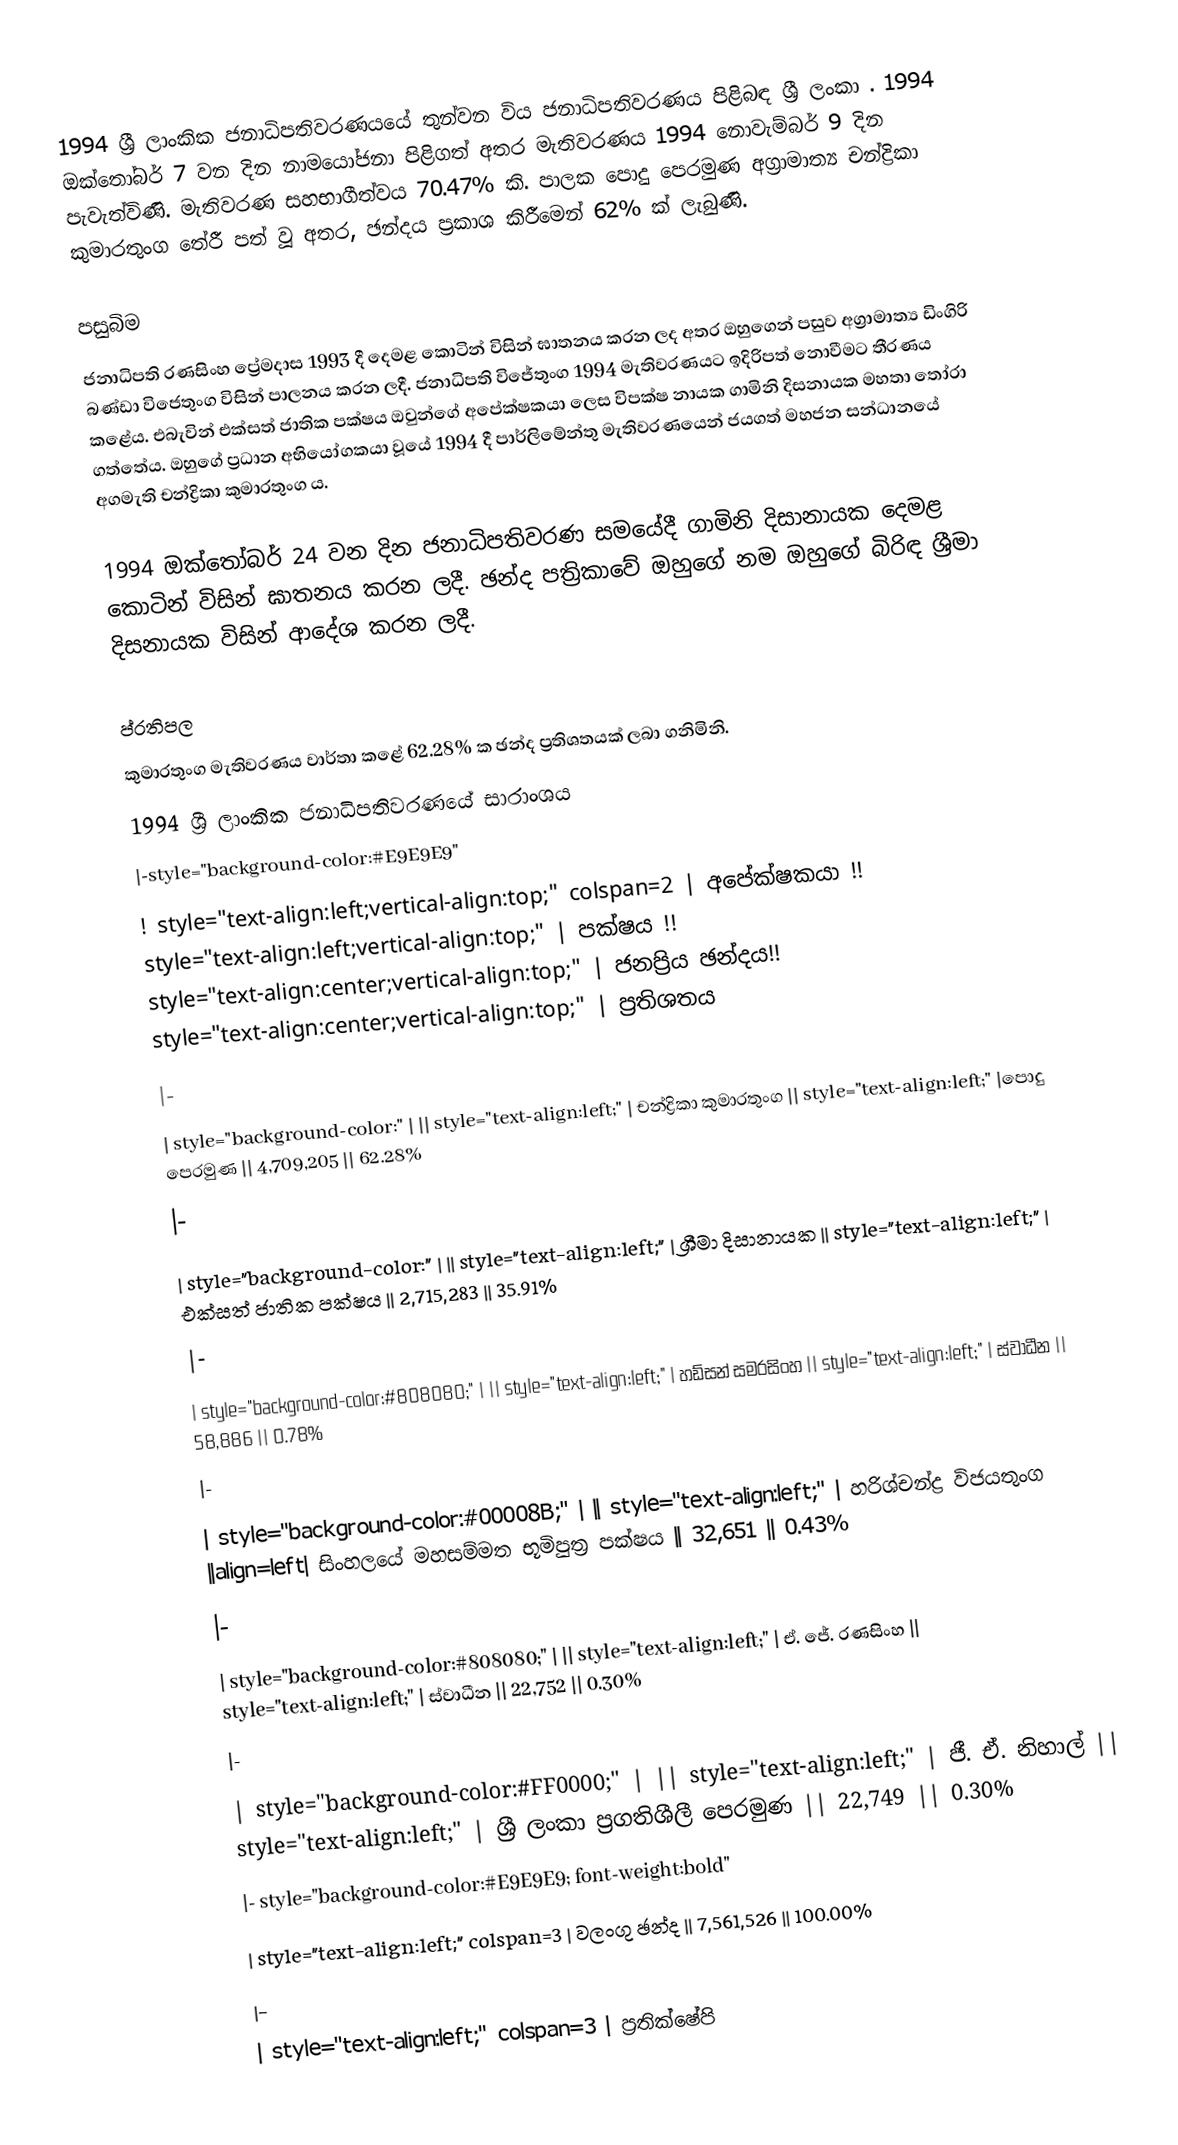
1994 ශ්‍රී ලාංකික ජනාධිපතිවරණයයේ තුන්වන විය  ජනාධිපතිවරණය පිළිබඳ ශ්‍රී ලංකා . 1994 ඔක්තෝබර් 7 වන දින නාමයෝජනා පිළිගත් අතර මැතිවරණය 1994 නොවැම්බර් 9 දින පැවැත්විණි. මැතිවරණ සහභාගීත්වය 70.47% කි. පාලක පොදු පෙරමුණ අග්‍රාමාත්‍ය චන්ද්‍රිකා කුමාරතුංග තේරී පත් වූ අතර, ඡන්දය ප්‍රකාශ කිරීමෙන් 62% ක් ලැබුණි.

පසුබිම
ජනාධිපති රණසිංහ ප්‍රේමදාස 1993 දී දෙමළ කොටින් විසින් ඝාතනය කරන ලද අතර ඔහුගෙන් පසුව අග්‍රාමාත්‍ය ඩිංගිරි බණ්ඩා විජෙතුංග විසින් පාලනය කරන ලදී. ජනාධිපති විජේතුංග 1994 මැතිවරණයට ඉදිරිපත් නොවීමට තීරණය කළේය. එබැවින් එක්සත් ජාතික පක්ෂය ඔවුන්ගේ අපේක්ෂකයා ලෙස විපක්ෂ නායක ගාමිනි දිසනායක මහතා තෝරා ගත්තේය. ඔහුගේ ප්‍රධාන අභියෝගකයා වූයේ 1994 දී පාර්ලිමේන්තු මැතිවරණයෙන් ජයගත් මහජන සන්ධානයේ අගමැති චන්ද්‍රිකා කුමාරතුංග ය.

1994 ඔක්තෝබර් 24 වන දින ජනාධිපතිවරණ සමයේදී ගාමිනි දිසානායක දෙමළ කොටින් විසින් ඝාතනය කරන ලදී. ඡන්ද පත්‍රිකාවේ ඔහුගේ නම ඔහුගේ බිරිඳ ශ්‍රීමා දිසනායක විසින් ආදේශ කරන ලදී.

ප්රතිපල
කුමාරතුංග මැතිවරණය වාර්තා කළේ 62.28% ක ඡන්ද ප්‍රතිශතයක් ලබා ගනිමිනි.
1994 ශ්‍රී ලාංකික ජනාධිපතිවරණයේ සාරාංශය
|-style="background-color:#E9E9E9"
! style="text-align:left;vertical-align:top;" colspan=2 | අපේක්ෂකයා !! style="text-align:left;vertical-align:top;" | පක්ෂය !! style="text-align:center;vertical-align:top;" | ජනප්‍රිය ඡන්දය!! style="text-align:center;vertical-align:top;" | ප්‍රතිශතය
|-
| style="background-color:" |  || style="text-align:left;" | චන්ද්‍රිකා කුමාරතුංග || style="text-align:left;" |පොදු පෙරමුණ   || 4,709,205 || 62.28%
|-
| style="background-color:" |  || style="text-align:left;" | ශ්‍රීමා දිසානායක || style="text-align:left;" | එක්සත් ජාතික පක්ෂය || 2,715,283 || 35.91%
|-
| style="background-color:#808080;" |  || style="text-align:left;" | හඩ්සන් සමරසිංහ || style="text-align:left;" |  ස්වාධීන || 58,886 || 0.78%
|-
| style="background-color:#00008B;" |  || style="text-align:left;" | හරිශ්චන්ද්‍ර විජයතුංග ||align=left| සිංහලයේ මහසම්මත භූමිපුත්‍ර පක්ෂය || 32,651 || 0.43%
|-
| style="background-color:#808080;" |  || style="text-align:left;" | ඒ. ජේ. රණසිංහ || style="text-align:left;" |  ස්වාධීන || 22,752 || 0.30%
|-
| style="background-color:#FF0000;" |  || style="text-align:left;" | ජී. ඒ. නිහාල් || style="text-align:left;" | ශ්‍රී ලංකා ප්‍රගතිශීලී පෙරමුණ || 22,749 || 0.30%
|- style="background-color:#E9E9E9; font-weight:bold"
| style="text-align:left;" colspan=3 | වලංගු ඡන්ද || 7,561,526 || 100.00%
|-
| style="text-align:left;" colspan=3 | ප්‍රතික්ෂේපි